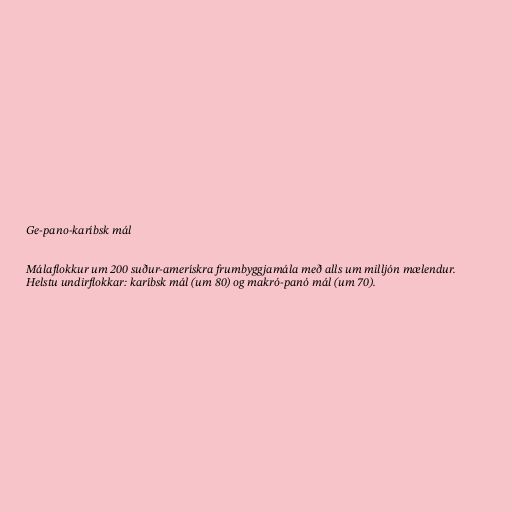
Ge-pano-karíbsk mál

Málaflokkur um 200 suður-amerískra frumbyggjamála með alls um milljón mælendur.
Helstu undirflokkar: karíbsk mál (um 80) og makró-panó mál (um 70).